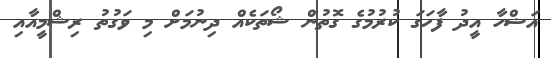
އަޟްހާ އީދު ފާހަގަ ކުރުމުގެ ގޮތުން ޝޯތަކެއް ދިނުމަށް މި ވަގުތު ރިޝްމީއާއި